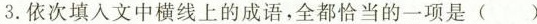
3.依次填入文中横线上的成语，全都恰当的一项是( )